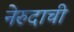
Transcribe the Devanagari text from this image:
नेरुदाची